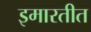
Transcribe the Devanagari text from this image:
इमारतीत